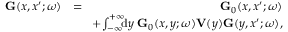
\begin{array} { r l r } { \ensuremath { \mathbf { G } } ( x , x ^ { \prime } ; \omega ) } & { = } & { \ensuremath { \mathbf { G } } _ { 0 } ( x , x ^ { \prime } ; \omega ) } \\ & { } & { \! + \! \int _ { - \infty } ^ { + \infty } \! \! \! \ensuremath { \mathrm { d } } y \; \ensuremath { \mathbf { G } } _ { 0 } ( x , y ; \omega ) \ensuremath { \mathbf { V } } ( y ) \ensuremath { \mathbf { G } } ( y , x ^ { \prime } ; \omega ) , } \end{array}